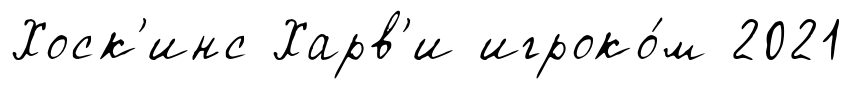
Хоск'инс Харв'и игроко́м 2021